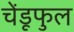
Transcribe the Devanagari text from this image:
चेंडूफुल